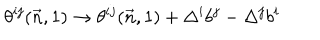
\theta ^ { i j } ( \vec { n } , 1 ) \to \theta ^ { i j } ( \vec { n } , 1 ) + \Delta ^ { i } b ^ { j } - \Delta ^ { j } b ^ { i }